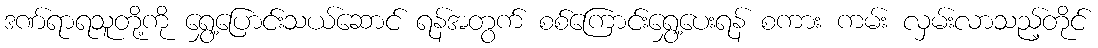
ဒဏ်ရာရသူတို့ကို ရွှေ့ပြောင်းသယ်ဆောင် ရန်အတွက် စစ်ကြောင်းရွှေ့ပေးရန် စကား ကမ်း လှမ်းလာသည့်တိုင်